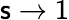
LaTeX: \mathsf{s}\to1